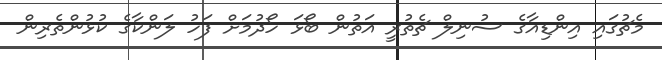
މެޗުގައި އިންޑިއާގެ ސުނިލް ޗެތުރީ އަތުން ބޯޅަ ހޯދުމަށް ފަހު ލަންކާގެ ކުޅުންތެރިން